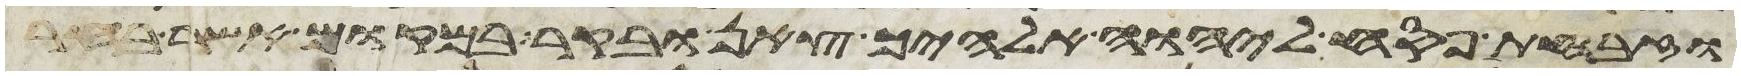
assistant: וזבחת פסח ליהוה אלהיך צאן ובקר במקום אשר בחר